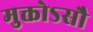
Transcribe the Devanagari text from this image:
मुक्तोऽसौ